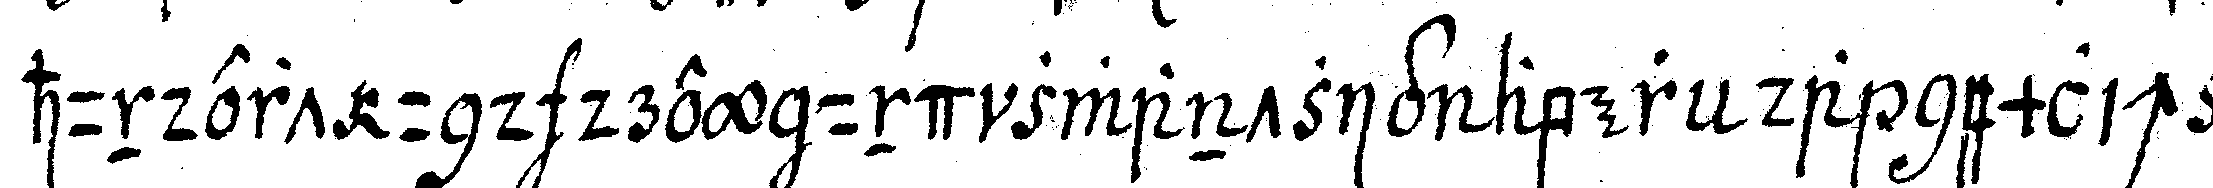
hundert und drey und zwantzig aber da nemlich